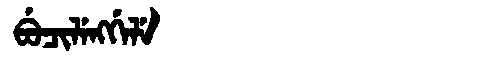
Manchu: ᠪᡠᠴᡳᠯᡝᠩᡤᡝᠯᡝ
Romanization: BUCILENGGELE